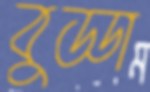
বুড্ডা